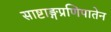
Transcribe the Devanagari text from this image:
साष्टाङ्गप्रणिपातेन